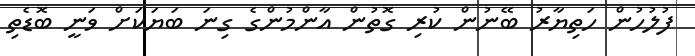
ފުލުހުން ހަތިޔާރު ބޭނުން ކުރި ގޮތުން އާންމުންގެ ގިނަ ބަޔަކަށް ވަނީ ބޮޑެތި